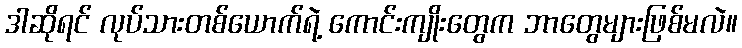
ဒါဆိုရင် လုပ်သားတစ်ယောက်ရဲ့ ကောင်းကျိုးတွေက ဘာတွေများဖြစ်မလဲ။